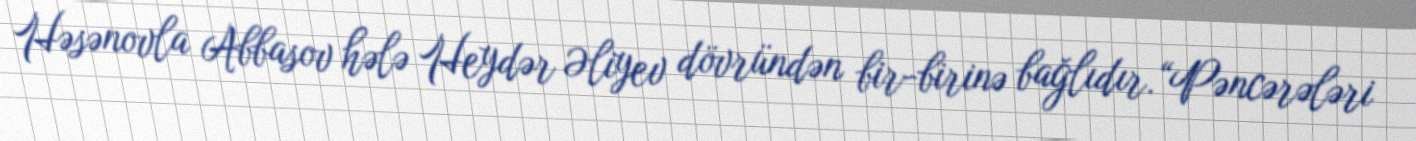
Həsənovla Abbasov hələ Heydər Əliyev dövründən bir-birinə bağlıdır.“Pəncərələri